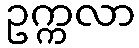
ဥက္ကလာ